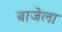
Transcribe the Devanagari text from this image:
बाजेला